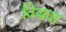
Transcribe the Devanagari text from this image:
विसवा